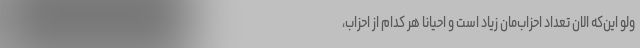
ولو این‌که الان تعداد احزاب‌مان زیاد است و احیانا هر کدام از احزاب،